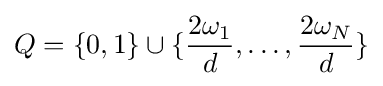
Q=\{0,1\}\cup \{{2\omega _{1} \over d},\ldots ,{2\omega _{N} \over d}\}